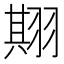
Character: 𱻛